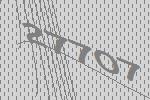
27707